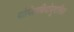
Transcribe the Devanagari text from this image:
प्रोपिलथियोयूरासिल